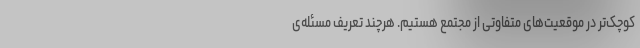
کوچک‌تر در موقعیت‌های متفاوتی از مجتمع هستیم. هرچند تعریف مسئله‌ی